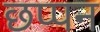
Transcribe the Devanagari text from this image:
छप्‍पन